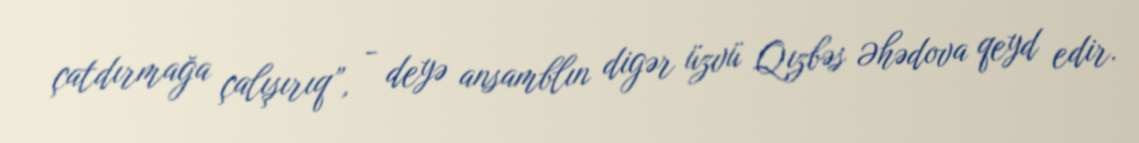
çatdırmağa çalışırıq”, - deyə ansamblın digər üzvü Qızbəs Əhədova qeyd edir.